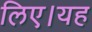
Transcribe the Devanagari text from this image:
लिए।यह